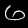
Digit: 6